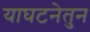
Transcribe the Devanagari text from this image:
याघटनेतुन